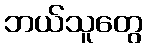
ဘယ်သူတွေ